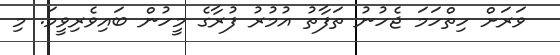
ވަރަށް ހިތްހަމަ ޖެހުނު ތަފާތު އުމުރު ފުރާގެ މީހުން ބައިވެރިވީމަ. މި